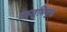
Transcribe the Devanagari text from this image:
वस्तुभिमुख